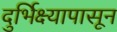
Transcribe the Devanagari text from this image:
दुर्भिक्ष्यापासून